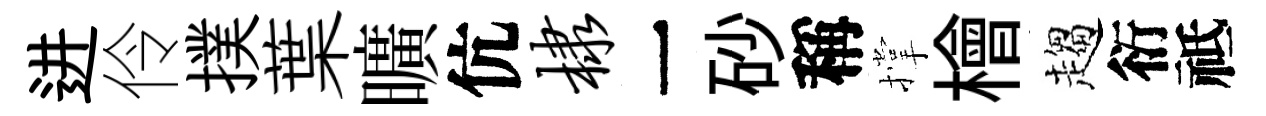
进伶撲葉曠伉棣一砂稱撑檜趨衍祗